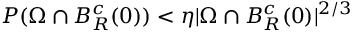
P ( \Omega \cap B _ { R } ^ { c } ( 0 ) ) < \eta | \Omega \cap B _ { R } ^ { c } ( 0 ) | ^ { 2 / 3 }